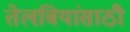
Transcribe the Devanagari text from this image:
तेलबियांसाठी